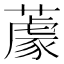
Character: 𦼫